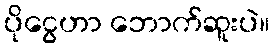
ပိုငွေဟာ ဘောက်ဆူးပဲ။